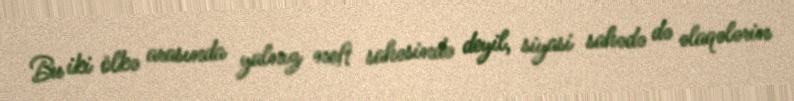
Bu iki ölkə arasında yalnız neft sahəsində deyil, siyasi sahədə də əlaqələrin